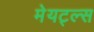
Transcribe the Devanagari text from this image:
मेयट्ल्स